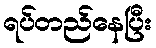
ရပ်တည်နေပြီး